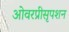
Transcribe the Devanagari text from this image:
ओवरप्रीसृपशन